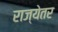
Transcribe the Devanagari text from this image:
राज्येतर